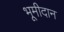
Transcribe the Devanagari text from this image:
भूमीदान